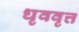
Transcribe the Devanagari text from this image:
धृववृत्त